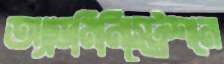
অ্যাডমিনিস্ট্রেশনে